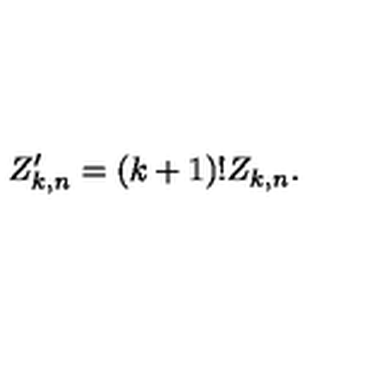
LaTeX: Z _ { k , n } ^ { \prime } = ( k + 1 ) ! Z _ { k , n } .